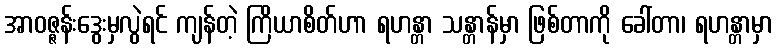
အာဝဇ္ဇန်းဒွေးမှလွဲရင် ကျန်တဲ့ ကြိယာစိတ်ဟာ ရဟန္တာ သန္တာန်မှာ ဖြစ်တာကို ခေါ်တာ၊ ရဟန္တာမှာ